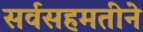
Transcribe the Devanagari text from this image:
सर्वसहमतीने